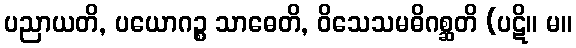
ပညာယတိ, ပယောဂဉ္စ သာဓေတိ, ဝိသေသမဓိဂစ္ဆတိ (ပဋိ။ မ။